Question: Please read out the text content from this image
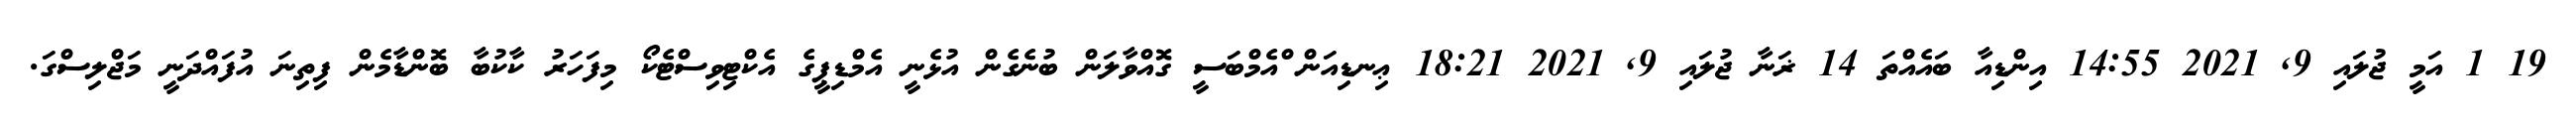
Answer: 19 1 އަމީ ޖުލައި 9, 2021 14:55 އިންޑިއާ ބައެއްތަ 14 ޜަނާ ޖުލައި 9, 2021 18:21 ޢިނޑިއަން ްއެމްބަސީ ގޮއްވާލަން ބުނެގެން އުޅެނީ އެމްޑިޕީގެ އެކްޓިވިސްޓެކޯ މިފަހަރު ކާކުބާ ބޮންޑާމެން ފިތިނަ އުފައްދަނީ މަޖްލިސްގަ.